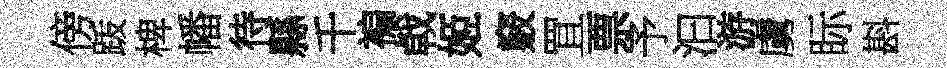
傍䟦椑幡待縣千褊㦸姬竅罝票予汩游虜眎斟